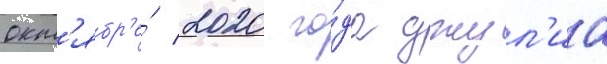
окт'ябр'е́ 2020 го́да джул'иа